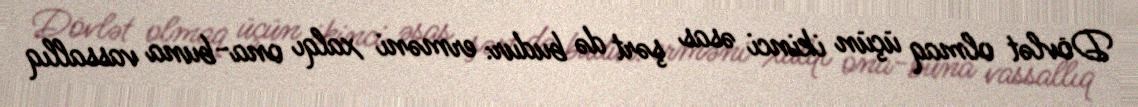
Dövlət olmaq üçün ikinci əsas şərt də budur: erməni xalqı ona-buna vassallıq